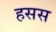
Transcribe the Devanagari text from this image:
हसस